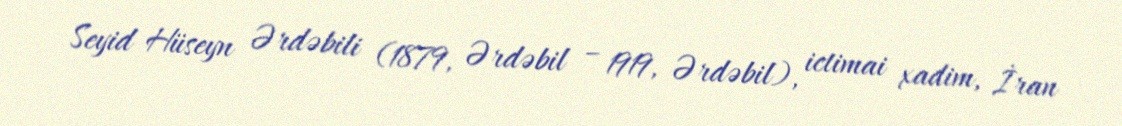
Seyid Hüseyn Ərdəbili (1879, Ərdəbil – 1919, Ərdəbil), ictimai xadim, İran